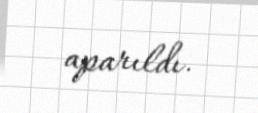
aparıldı.